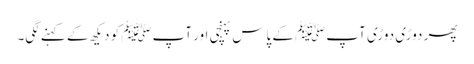
پھر دوڑی دوڑی آپﷺ کے پاس پہنچی اور آپﷺ کو دیکھ کے کہنے لگی۔